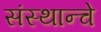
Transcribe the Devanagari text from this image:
संस्थान्चे